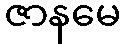
ဇာနမေ